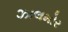
ઝાલમોર